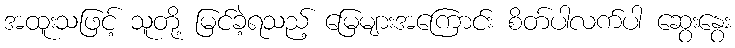
အထူးသဖြင့် သူတို့ မြင်ခဲ့ရသည့် မြေများအကြောင်း စိတ်ပါလက်ပါ ဆွေးနွေး